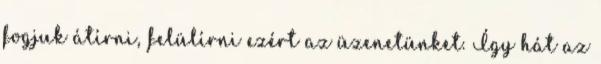
fogjuk átírni, felülírni ezért az üzenetünket. Így hát az